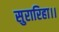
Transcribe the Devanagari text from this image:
सुरारिहा।।